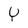
Character: Y